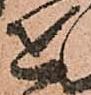
を